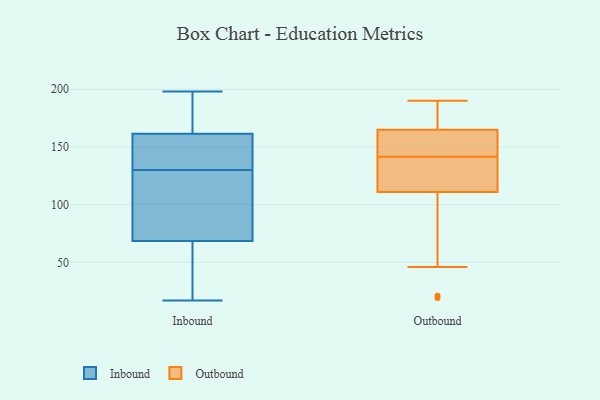
{"axis": {"x": "Conversion Rate (%)", "y": "Value"}, "legend": ["Inbound", "Outbound"], "data": [{"x": "", "y": 128, "type": "Inbound"}, {"x": "", "y": 122, "type": "Inbound"}, {"x": "", "y": 172, "type": "Inbound"}, {"x": "", "y": 76, "type": "Inbound"}, {"x": "", "y": 124, "type": "Inbound"}, {"x": "", "y": 48, "type": "Inbound"}, {"x": "", "y": 167, "type": "Inbound"}, {"x": "", "y": 162, "type": "Inbound"}, {"x": "", "y": 161, "type": "Inbound"}, {"x": "", "y": 46, "type": "Inbound"}, {"x": "", "y": 61, "type": "Inbound"}, {"x": "", "y": 17, "type": "Inbound"}, {"x": "", "y": 143, "type": "Inbound"}, {"x": "", "y": 198, "type": "Inbound"}, {"x": "", "y": 126, "type": "Inbound"}, {"x": "", "y": 148, "type": "Inbound"}, {"x": "", "y": 166, "type": "Inbound"}, {"x": "", "y": 157, "type": "Inbound"}, {"x": "", "y": 49, "type": "Inbound"}, {"x": "", "y": 132, "type": "Inbound"}, {"x": "", "y": 148, "type": "Outbound"}, {"x": "", "y": 118, "type": "Outbound"}, {"x": "", "y": 189, "type": "Outbound"}, {"x": "", "y": 19, "type": "Outbound"}, {"x": "", "y": 120, "type": "Outbound"}, {"x": "", "y": 111, "type": "Outbound"}, {"x": "", "y": 176, "type": "Outbound"}, {"x": "", "y": 143, "type": "Outbound"}, {"x": "", "y": 190, "type": "Outbound"}, {"x": "", "y": 140, "type": "Outbound"}, {"x": "", "y": 162, "type": "Outbound"}, {"x": "", "y": 165, "type": "Outbound"}, {"x": "", "y": 46, "type": "Outbound"}, {"x": "", "y": 21, "type": "Outbound"}]}